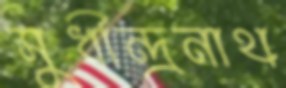
সুধীন্দ্রনাথ